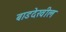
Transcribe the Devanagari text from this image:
बाडदेखील